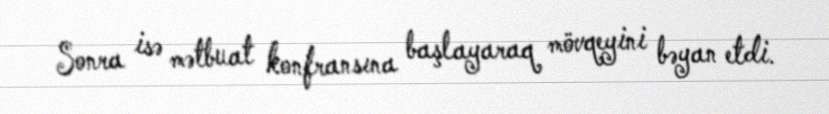
Sonra isə mətbuat konfransına başlayaraq mövqeyini bəyan etdi.